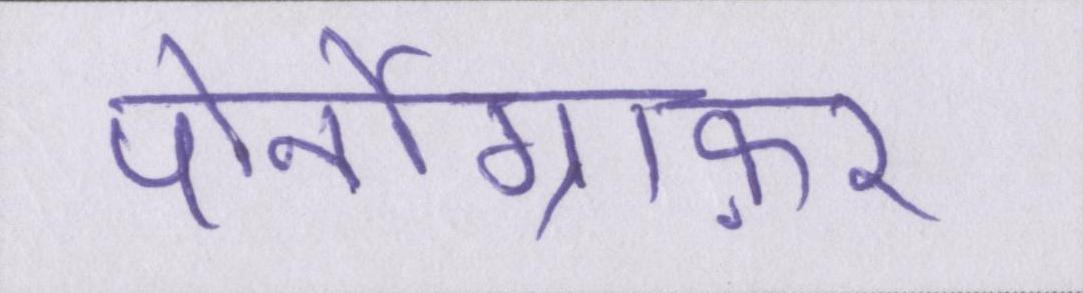
पोर्नोग्राफ़र